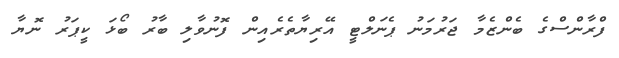
ފްރާންސްގެ ބެންޒެމާ ޖަރުމަނު ޕެނަލްޓީ އޭރިޔާތެރެއިން ފޮނުވާލި ބާރު ބޯޅަ ކީޕަރު ނޮޔާ